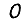
Digit: 0